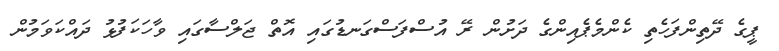
ޕީގެ ދޭތިންފަހެތި ކެންމެޕެއިންގެ ދަށުން ރޭ އުސްފަސްގަނޑުގައި އޮތް ޖަލްސާގައި ވާހަކަފުޅު ދައްކަވަމުން